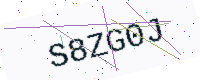
Text: S8ZG0J